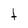
Character: t